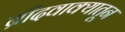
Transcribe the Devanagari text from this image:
ब्रीदवाक्यातून